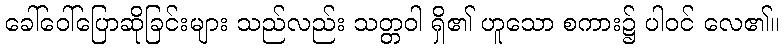
ခေါ်ဝေါ်ပြောဆိုခြင်းများ သည်လည်း သတ္တဝါ ရှိ၏ ဟူသော စကား၌ ပါဝင် လေ၏။